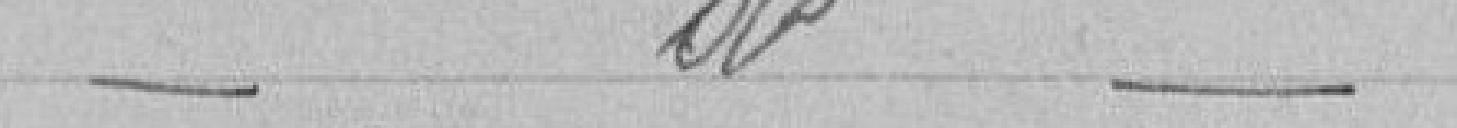
Hôpital Civil